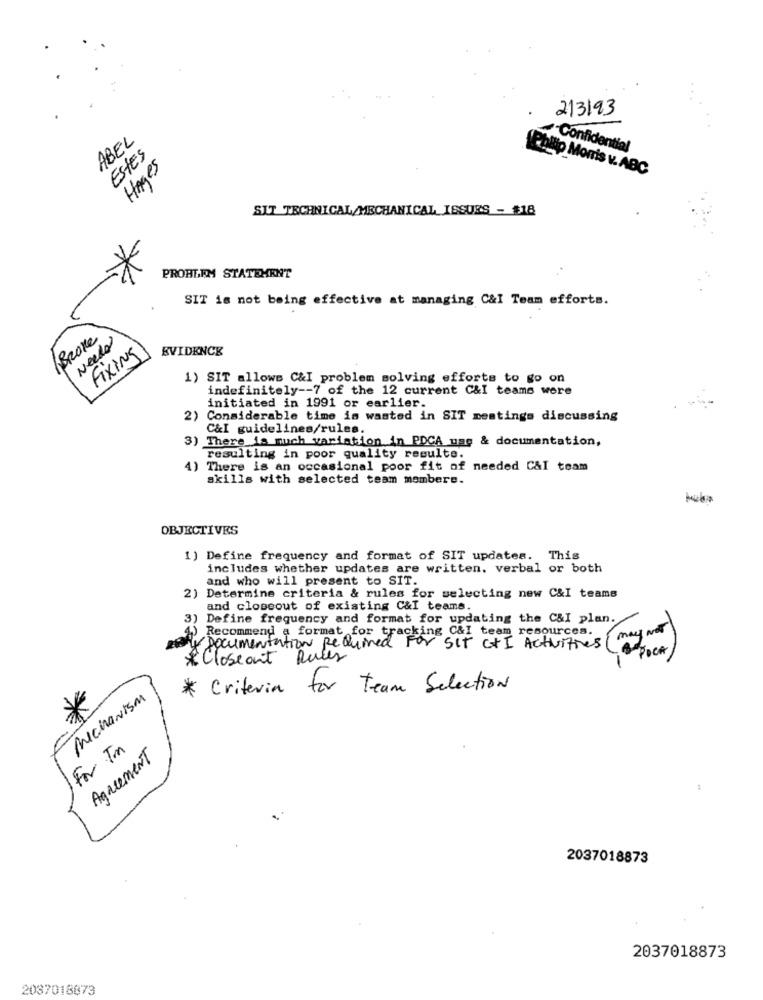
2/3/93
ABEL
ESTES
Confidential
HAges
Phillip Morris v. ABC
SIT TECHNICAL/MECHANICAL ISSUES - $18
PROBLEM STATEMENT
SIT is not being effective at managing C&l Team efforts.
/BROKE
Needs
FIXING
EVIDENCE
1) SIT allows C&I problem solving efforts to go on
indefinitely -- 7 of the 12 current C&I teams were
initiated in 1991 or earlier.
2) Considerable time is wasted in SIT meetings discussing
C&I guidelines/rules.
3) There is much variation in PDCA use & documentation,
resulting in poor quality resulte.
4) There is an occasional poor fit of needed C&I team
skills with selected team membere.
OBJECTIVES
1) Define frequency and format of SIT updates. This
includes whether updates are written. verbal or both
and who will present to SIT.
2) Determine criteria & rules for selecting new C&I teams
and closeout of existing C&I teams.
) Define frequency and format for updating the C&I plan.
Documentation Required for citteam resources,
) Recommend a format for track
SIT c+ I Activities
* Closeant Rules
* Criteria for team Selection
Mechanism
For Tm
Agreement
2037018873
2037018873
2037018873